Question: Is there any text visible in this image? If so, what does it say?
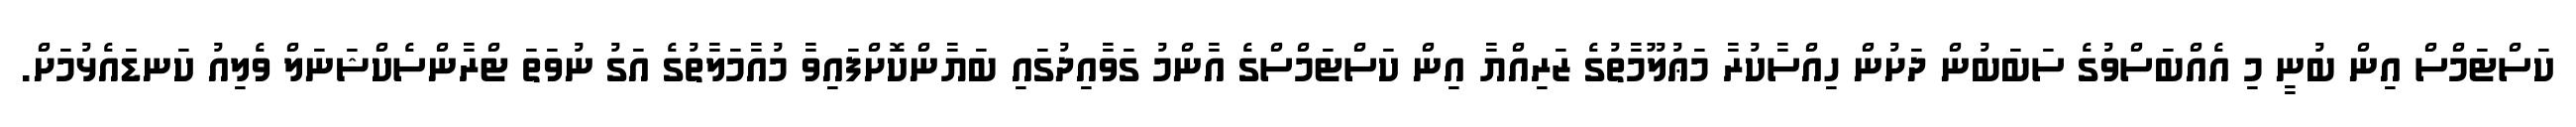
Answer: ކަސްޓަމްސް އިން ބުނީ މި އެއްބަސްވުގެ ސަބަބުން ދަށުން ހިއްސާކުރާ މަޢުލޫމާތުގެ ޒަރިއްޔާ އިން ކަސްޓަމްސްގެ އާންމު ގަވާއިދުގައި ބަޔާންކޮށްފައިވާ މުއާމަލާތުގެ އަގު ނުވަތަ ޓްރާންސެކްޝަނަލް ވެލިއު ކަނޑައެޅުމަށް.